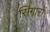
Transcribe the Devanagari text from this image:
सिंगारों